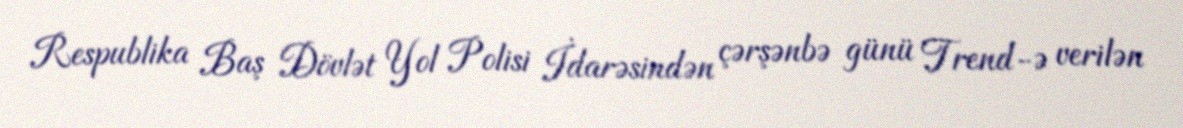
Respublika Baş Dövlət Yol Polisi İdarəsindən çərşənbə günü Trend-ə verilən